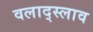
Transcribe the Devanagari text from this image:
वलाद्स्लाव